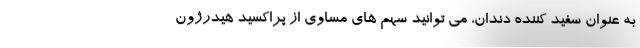
به عنوان سفید کننده دندان، می توانید سهم های مساوی از پراکسید هیدرژون